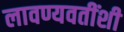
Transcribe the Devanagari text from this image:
लावण्यवतींशी